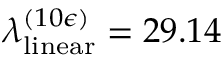
\lambda _ { \mathrm { l i n e a r } } ^ { ( 1 0 \epsilon ) } = 2 9 . 1 4